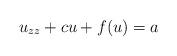
LaTeX: \begin{align*}u_{zz}+cu+f(u)=a\end{align*}